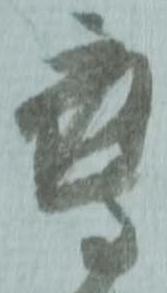
鷹